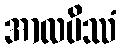
အာလပိဿံ